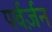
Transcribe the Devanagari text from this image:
पर्वर्ज़न